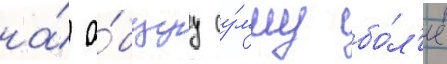
на́ о́бщуу су́мму бо́л'ее